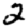
Digit: 2